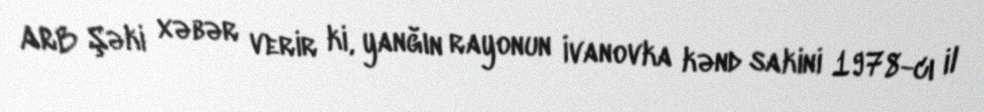
ARB Şəki xəbər verir ki, yanğın rayonun İvanovka kənd sakini 1978-cı il